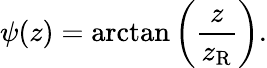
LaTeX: \psi(z)=\arctan\left({\frac{z}{z_{\mathrm{R}}}}\right).